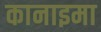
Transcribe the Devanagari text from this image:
कानाइमा